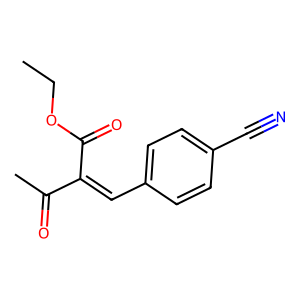
SMILES: CCOC(=O)C(=Cc1ccc(C#N)cc1)C(C)=O
Inhibits HIV replication: No